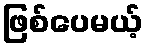
ဖြစ်ပေမယ့်